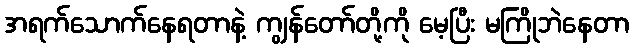
အရက်သောက်နေရတာနဲ့ ကျွန်တော်တို့ကို မေ့ပြီး မကြိုဘဲနေတာ